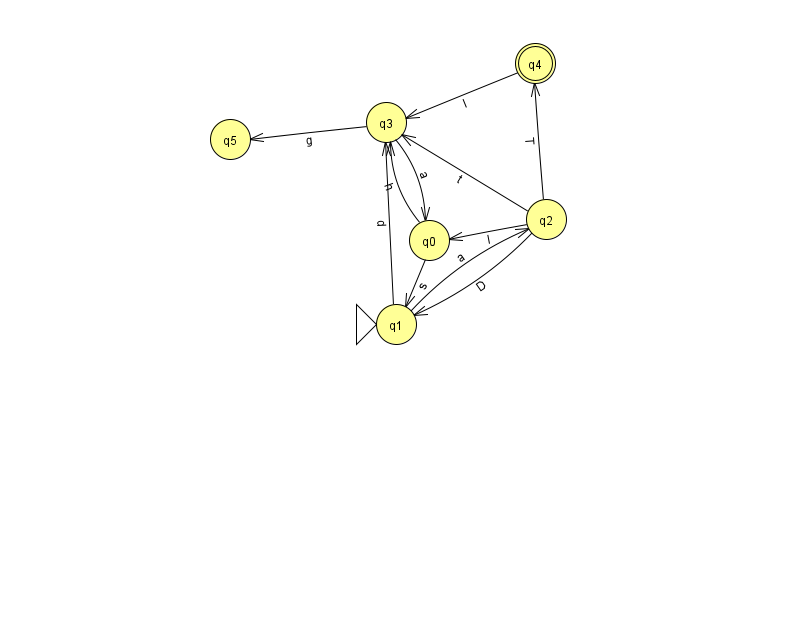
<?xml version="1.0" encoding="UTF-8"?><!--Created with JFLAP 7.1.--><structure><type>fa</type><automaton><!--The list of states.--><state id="0" name="q0"><x>429.0</x><y>227.0</y></state><state id="1" name="q1"><x>396.0</x><y>311.0</y><initial/></state><state id="2" name="q2"><x>546.0</x><y>206.0</y></state><state id="3" name="q3"><x>386.0</x><y>109.0</y></state><state id="4" name="q4"><x>535.0</x><y>50.0</y><final/></state><state id="5" name="q5"><x>230.0</x><y>126.0</y></state><!--The list of transitions.--><transition><from>1</from><to>3</to><read>d</read></transition><transition><from>2</from><to>1</to><read>D</read></transition><transition><from>2</from><to>4</to><read>T</read></transition><transition><from>0</from><to>3</to><read>h</read></transition><transition><from>3</from><to>5</to><read>g</read></transition><transition><from>1</from><to>2</to><read>a</read></transition><transition><from>2</from><to>0</to><read>I</read></transition><transition><from>2</from><to>3</to><read>t</read></transition><transition><from>4</from><to>3</to><read>l</read></transition><transition><from>0</from><to>1</to><read>s</read></transition><transition><from>3</from><to>0</to><read>a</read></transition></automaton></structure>